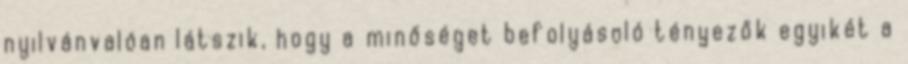
nyilvánvalóan látszik, hogy a minőséget befolyásoló tényezők egyikét a